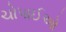
ચોપાઈઓ